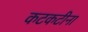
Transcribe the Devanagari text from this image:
कटकटीना